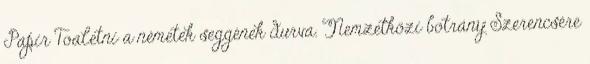
Papir Toaletni a németek seggének durva. Nemzetközi botrány Szerencsére